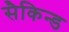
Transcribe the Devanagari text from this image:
सैकिन्ड